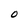
Character: O